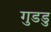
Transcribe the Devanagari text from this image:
गुडडु